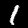
Digit: 1